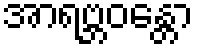
အာရဗ္ဘဝန္တော